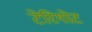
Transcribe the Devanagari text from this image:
टेरिगोट